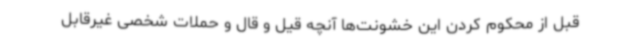
قبل از محکوم کردن این خشونت‌ها آنچه قیل و قال و حملات شخصی غیرقابل